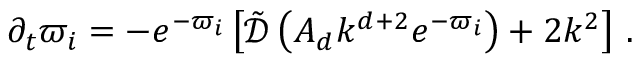
\begin{array} { r } { \partial _ { t } \varpi _ { i } = - e ^ { - \varpi _ { i } } \left[ \tilde { \mathcal { D } } \left( A _ { d } k ^ { d + 2 } e ^ { - \varpi _ { i } } \right) + 2 k ^ { 2 } \right] \, . } \end{array}